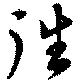
徃